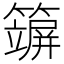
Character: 𥵪